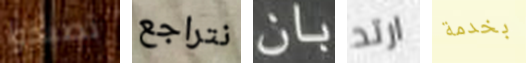
تصبحوا نتراجع بان ارتد بخدمة